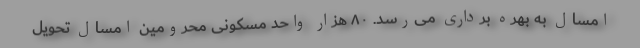
امسال به بهره برداری می‌رسد. ۸۰ هزار واحد مسکونی محرومین امسال تحویل